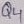
Text: Q4